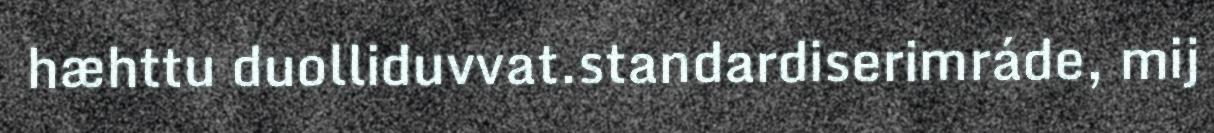
hæhttu duolliduvvat.standardiserimráde, mij